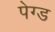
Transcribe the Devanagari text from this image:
पेग्ड